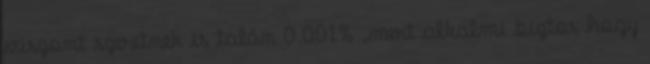
viszont szeretnek is talán 0.001% ,mert alkalmi biztos hogy